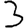
Digit: 3